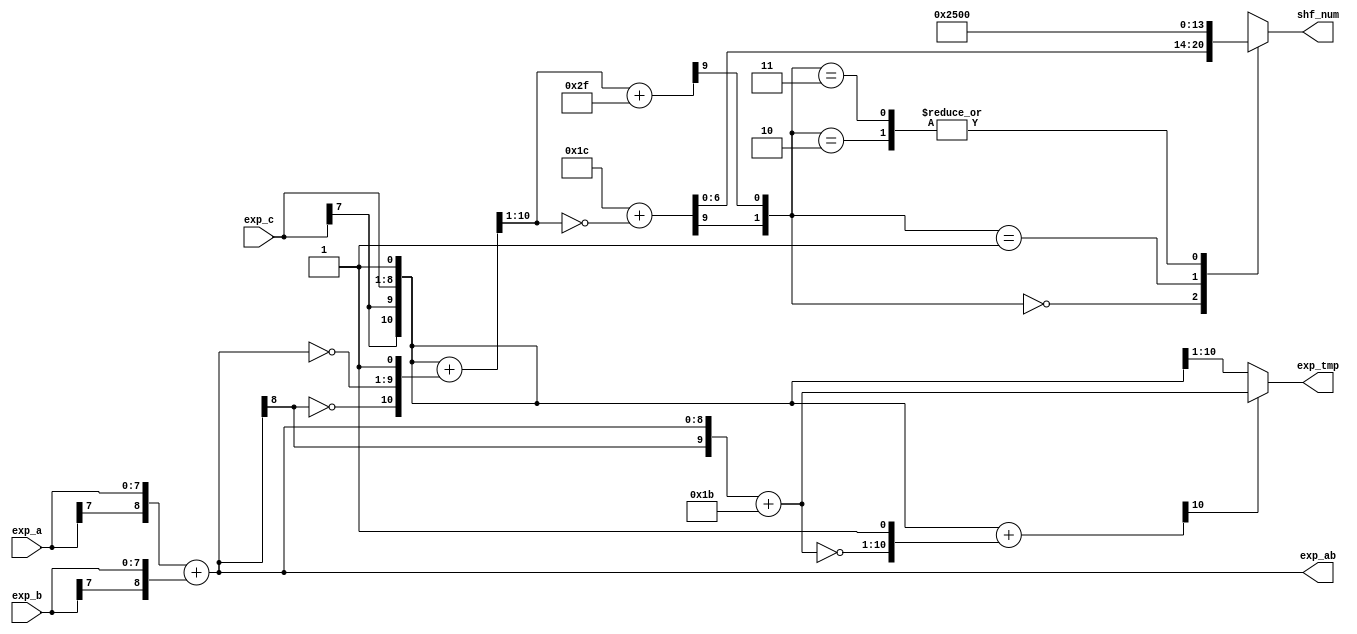
//==================================================================
//Revision	: v1.0
//Description: exponent logic,to get exp_tmp(bigger of (ea+eb+27,ec)
// and to get shf_num
//------------------------------------------------------------
//Copyright(c)by VLSI lab of Tianjin university
//all rights reserved
//========================================================================
module  exp_handler (
                    exp_a,
                    exp_b,
                    exp_c,//true value of exp,signed value represented by 2's complementory form

                    exp_tmp,//9-bit
                    shf_num,
                    exp_ab//exp_a+exp_b
                    );
// I/O declaration
input   [7:0]   exp_a;
input   [7:0]   exp_b;
input   [7:0]   exp_c;

output  [9:0]   exp_tmp;
output  [6:0]   shf_num;
output  [8:0]   exp_ab;
reg     [6:0]   shf_num;

//calculate exp_a + exp_b and exp_a+exp_b+27
wire    [8:0]   exp_ab;//exp_ab in [-254,254]
wire    [9:0]   exp_ab_27;//exp_a+exp_b+27
assign  exp_ab      = {exp_a[7],exp_a} + {exp_b[7],exp_b};//not exp_a + exp_b
assign  exp_ab_27   = {exp_ab[8],exp_ab} + 10'd27;

//logic to get exp_tmp
//choose the bigger one between exp_ab_27 and exp_c

wire    [10:0]   diff_c_ab_27_tmp;//exp_c-(exp_ab+27)
assign  diff_c_ab_27_tmp   = {exp_c[7],exp_c[7],exp_c,1'b1}+{~exp_ab_27,1'b1};

assign  exp_tmp     = {~diff_c_ab_27_tmp[10]} ? {exp_c[7],exp_c[7],exp_c} : exp_ab_27;//choose the bigger one

//logic to get the shf_num
wire    [10:0]      d_tmp;
wire    [9:0]       d;//exp_c-(exp_a+exp_b)
assign  d_tmp   = {exp_c[7],exp_c[7],exp_c,1'b1}+{~exp_ab[8],~exp_ab,1'b1};
assign  d       = d_tmp[10:1];

wire    [9:0]   d_add_47;//d+47
wire    [9:0]   d_min_27;//27-d
wire            s_sel0;
wire            s_sel1;

assign  d_add_47    = d + 10'd47;
assign  d_min_27    = 10'd28+{~d};//= 10'd27-d;
assign  s_sel0      = d_min_27[9];
assign  s_sel1      = d_add_47[9];

//get shf_num
always @ ( * )
begin
    case    ( {s_sel0,s_sel1} )
    2'b00   : shf_num   = d_min_27[6:0];
    2'b01   : shf_num   = 74;
    2'b10   : shf_num   = 0;
    2'b11   : shf_num   = 0;
    endcase
end

endmodule